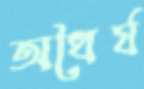
অধৈর্য